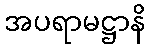
အပရာမဋ္ဌာနိ